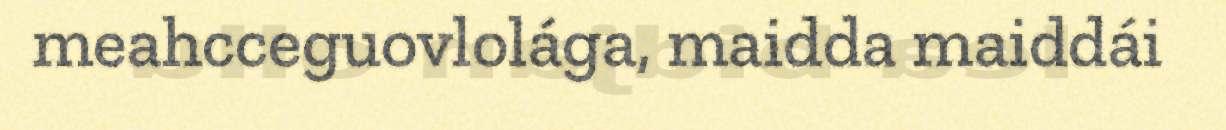
meahcceguovlolága, maidda maiddái